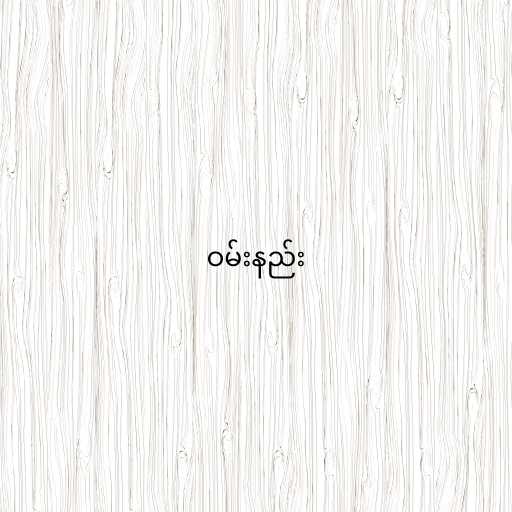
ဝမ်းနည်း